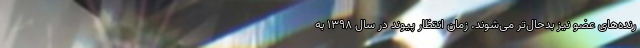
رنده‌های عضو نیز بدحال‌تر می‌شوند. زمان انتظار پیوند در سال ۱۳۹۸ به